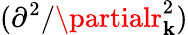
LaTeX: (\partial^{2}/\partialr_{\mathbf{k}}^{2})